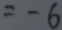
= - 6